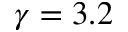
\gamma = 3 . 2